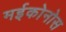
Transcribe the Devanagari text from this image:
मईकोनोस